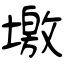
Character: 墽